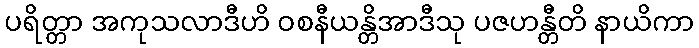
ပရိတ္တာ အကုသလာဒီဟိ ဝစနီယန္တိအာဒီသု ပဇဟန္တီတိ နာယိကာ